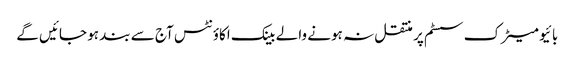
بائیو میٹرک سسٹم پر منتقل نہ ہونے والے بینک اکاؤنٹس آج سے بند ہو جائیں گے